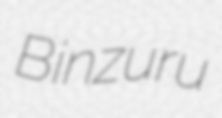
Binzuru